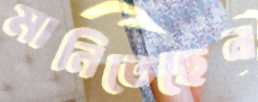
মানিতেছেন